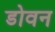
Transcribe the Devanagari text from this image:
डोवन